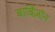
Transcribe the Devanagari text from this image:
बार्बिज़ॉन